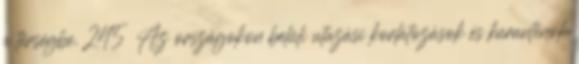
a térségbe. 245 Az országokon belüli utazási korlátozások és karanténok